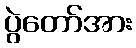
ပွဲတော်အား